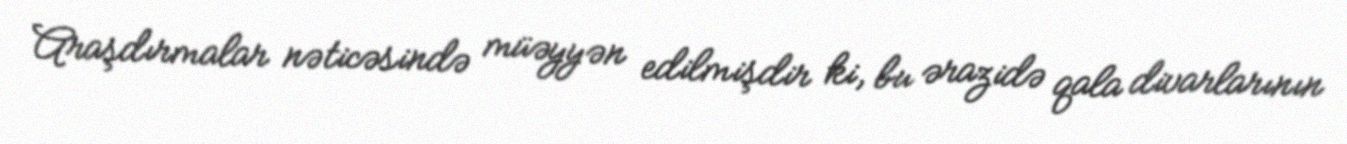
Araşdırmalar nəticəsində müəyyən edilmişdir ki, bu ərazidə qala divarlarının